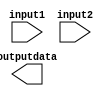
module Adder #(parameter n = 64) (input1, input2, outputdata);
	
	input [n - 1 : 0] input1, input2;
	output[n - 1 : 0] outputdata;

	assign output_data = input1 + input2;

endmodule